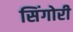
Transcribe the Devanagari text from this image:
सिंगोरी